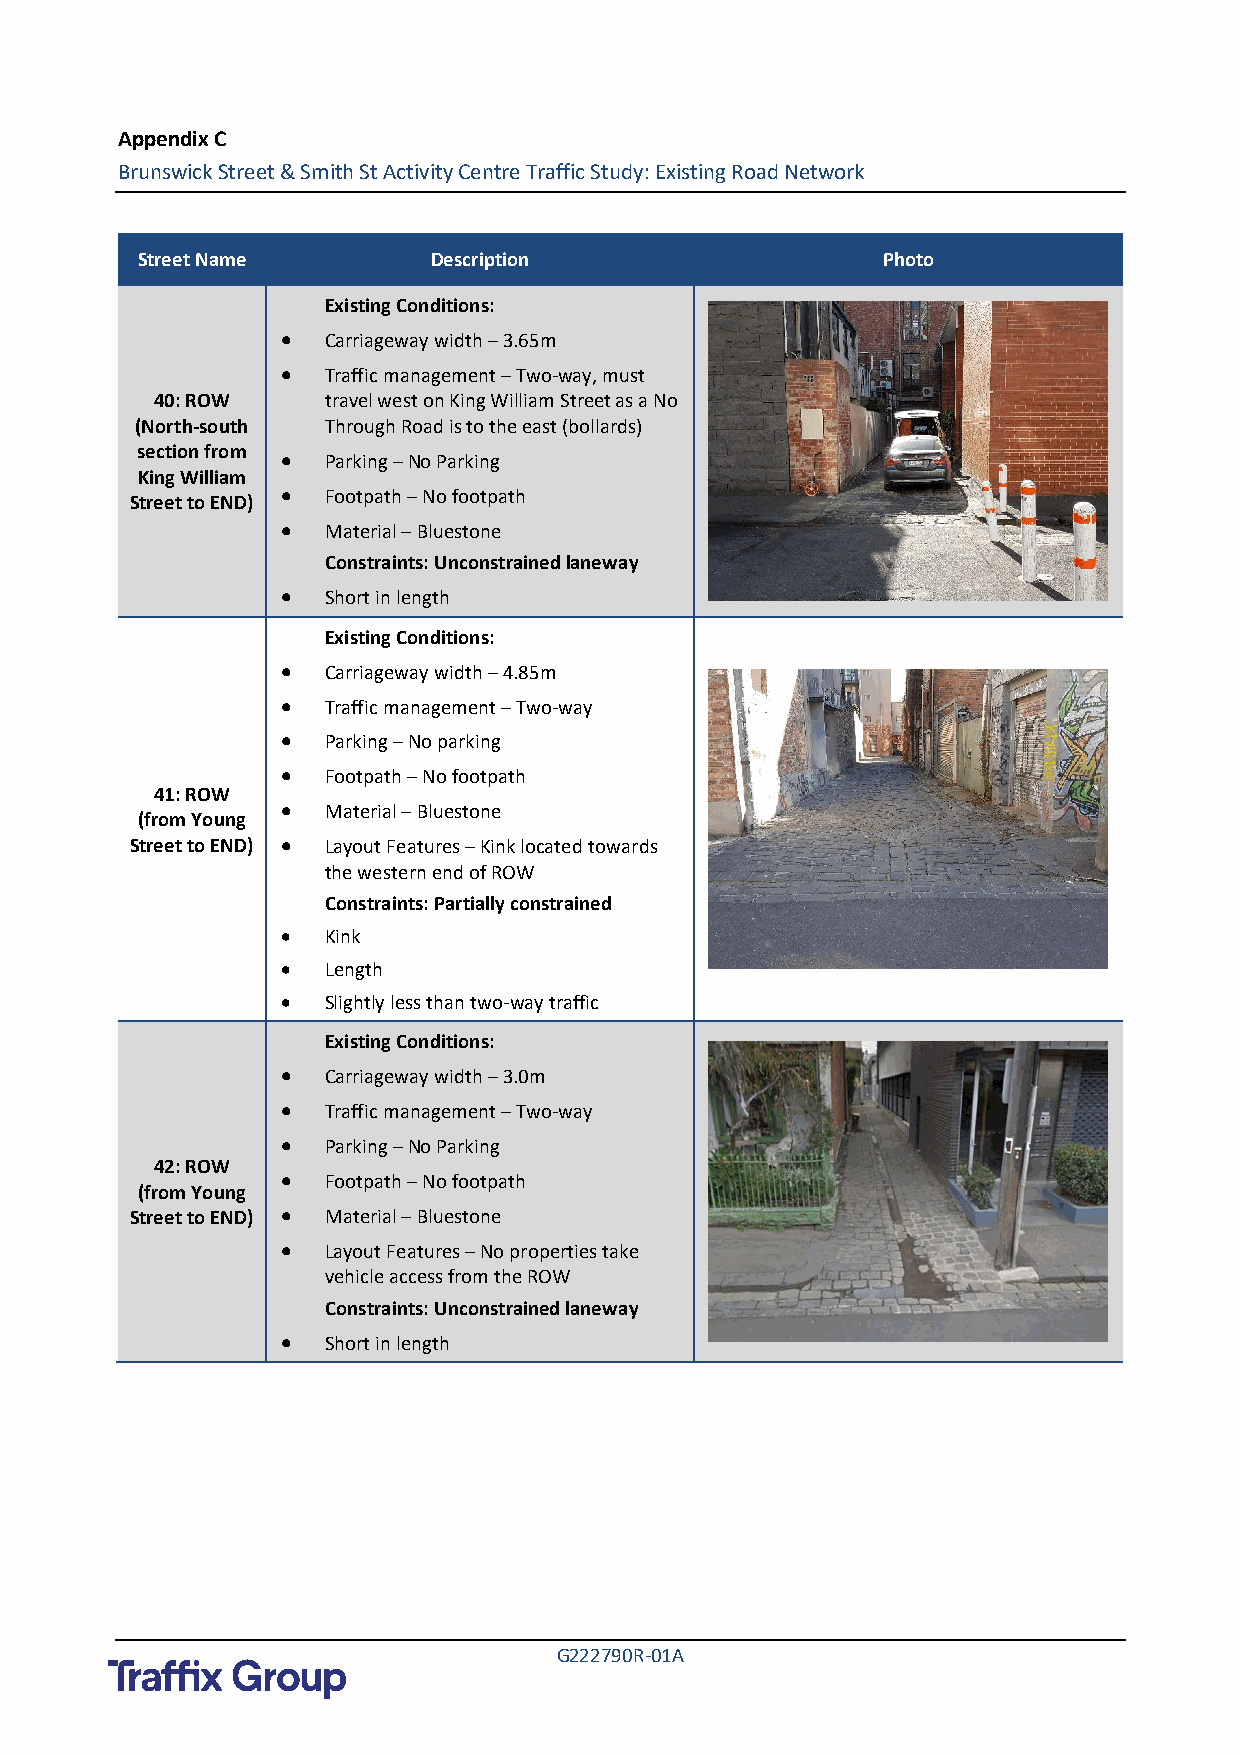
Appendix C
 Brunswick Street & Smith St Activity Centre Traffic Study: Existing Road Network
 Street Name        Description                   Photo
 Existing Conditions:
 •  Carriageway width – 3.65m
 •  Traffic management – Two-way, must
 40: ROW     travel west on King William Street as a No
 (North-south Through Road is to the east (bollards)
 section from • Parking – No Parking
 King William
 •  Footpath – No footpath
 Street to END)
 •  Material – Bluestone
 Constraints: Unconstrained laneway
 •  Short in length
 Existing Conditions:
 •  Carriageway width – 4.85m
 •  Traffic management – Two-way
 •  Parking – No parking
 •  Footpath – No footpath
 41: ROW
 •  Material – Bluestone
 (from Young
 Street to END) • Layout Features – Kink located towards
 the western end of ROW
 Constraints: Partially constrained
 •  Kink
 •  Length
 •  Slightly less than two-way traffic
 Existing Conditions:
 •  Carriageway width – 3.0m
 •  Traffic management – Two-way
 •  Parking – No Parking
 42: ROW
 •  Footpath – No footpath
 (from Young
 Street to END) • Material – Bluestone
 •  Layout Features – No properties take
 vehicle access from the ROW
 Constraints: Unconstrained laneway
 •  Short in length
 G222790R-01A